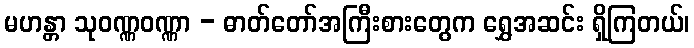
မဟန္တာ သုဝဏ္ဏဝဏ္ဏာ - ဓာတ်တော်အကြီးစားတွေက ရွှေအဆင်း ရှိကြတယ်၊